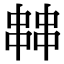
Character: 𠁷